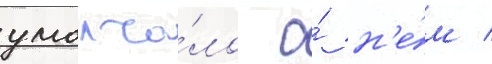
умолча́ло о́ н'е́м /